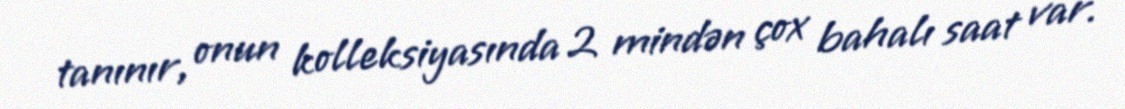
tanınır, onun kolleksiyasında 2 mindən çox bahalı saat var.